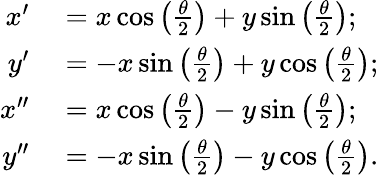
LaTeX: \begin{array}{rl}{x^{\prime}}&{{}=x\cos\left(\frac{\theta}{2}\right)+y\sin\left(\frac{\theta}{2}\right);}\\ {y^{\prime}}&{{}=-x\sin\left(\frac{\theta}{2}\right)+y\cos\left(\frac{\theta}{2}\right);}\\ {x^{\prime\prime}}&{{}=x\cos\left(\frac{\theta}{2}\right)-y\sin\left(\frac{\theta}{2}\right);}\\ {y^{\prime\prime}}&{{}=-x\sin\left(\frac{\theta}{2}\right)-y\cos\left(\frac{\theta}{2}\right).}\end{array}